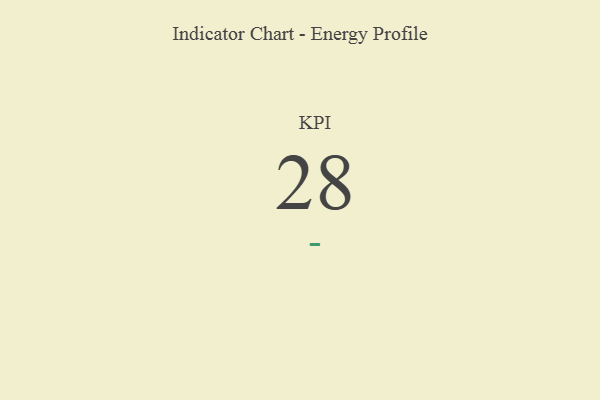
{"axis": {"x": "KPI", "y": "Value"}, "legend": [""], "data": [{"x": "KPI", "y": 28, "type": ""}]}